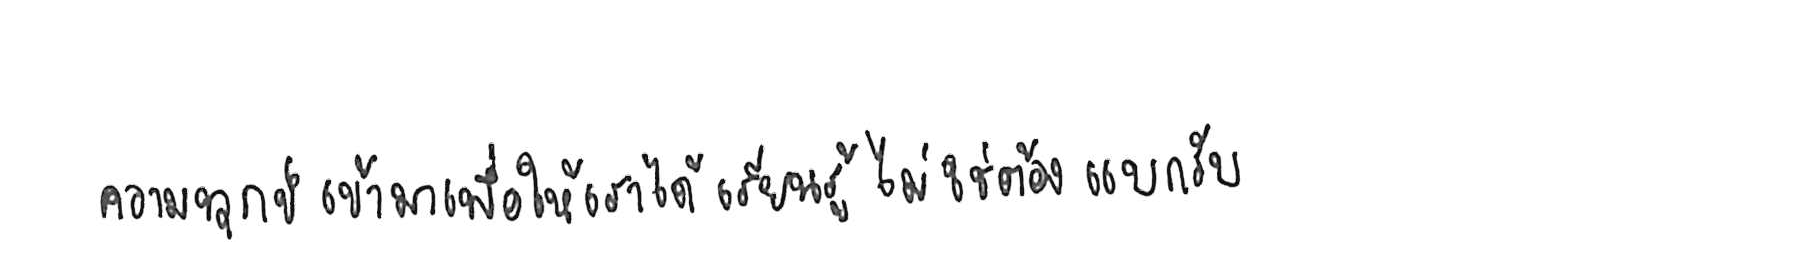
ความทุกข์ เข้ามาเพื่อให้เราได้ เรียนรู้ ไม่ใช่ต้อง แบกรับ